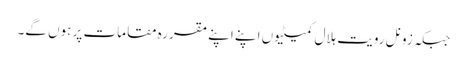
جبکہ زونل رویت ہلال کمیٹیوں اپنے اپنے مقررہ مقامات پر ہوں گے۔